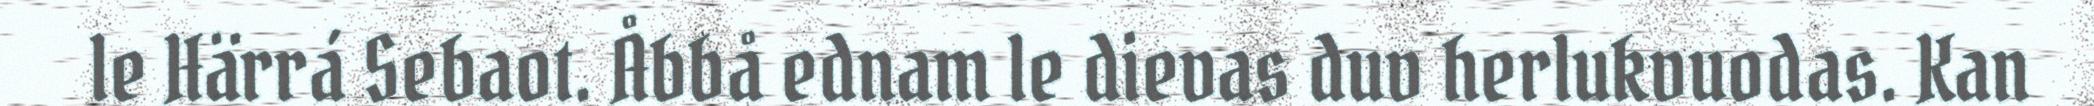
le Härrá Sebaot. Åbbå ednam le dievas duv herlukvuodas. Kan